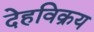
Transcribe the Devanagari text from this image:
देहविक्रय